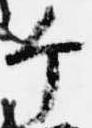
个